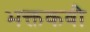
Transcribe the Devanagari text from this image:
भक्तकवी